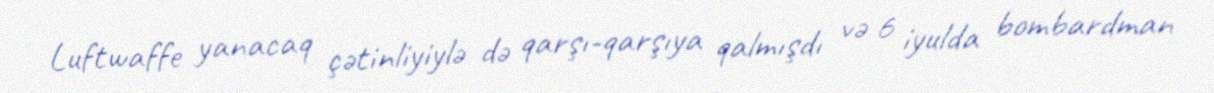
Luftwaffe yanacaq çətinliyiylə də qarşı-qarşıya qalmışdı və 6 iyulda bombardman